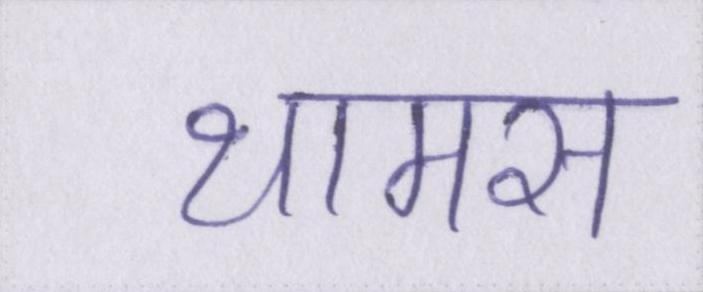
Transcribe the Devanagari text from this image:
थामस